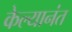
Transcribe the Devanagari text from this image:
केल्यानंत